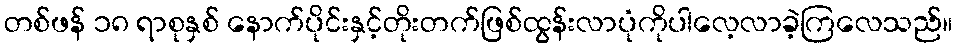
တစ်ဖန် ၁၈ ရာစုနှစ် နောက်ပိုင်းနှင့်တိုးတက်ဖြစ်ထွန်းလာပုံကိုပါလေ့လာခဲ့ကြလေသည်။